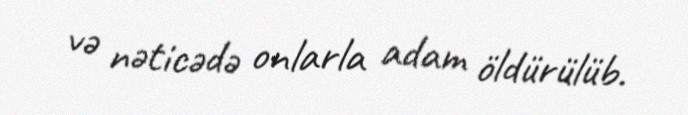
və nəticədə onlarla adam öldürülüb.